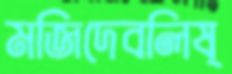
মজিদেবলিষ্